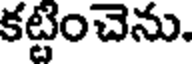
కట్టించెను.